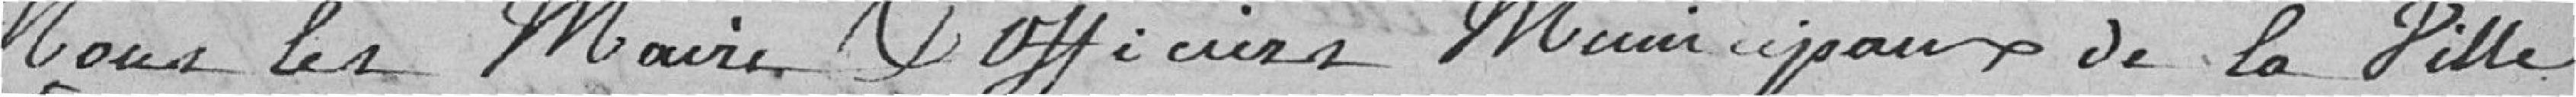
Nous les Maires et officiers municipaux de la ville